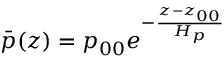
\bar { p } ( z ) = p _ { 0 0 } e ^ { - \frac { z - z _ { 0 0 } } { H _ { p } } }